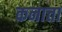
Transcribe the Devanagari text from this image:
कनात्ता